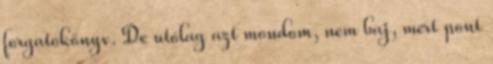
forgatókönyv. De utólag azt mondom, nem baj, mert pont